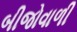
બીજોવાળી